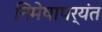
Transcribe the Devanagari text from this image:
निमेषापर्यंत